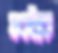
সবইকে